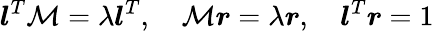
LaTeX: \boldsymbol{l}^{T}\mathcal{M}=\lambda\boldsymbol{l}^{T},\quad\mathcal{M}\boldsymbol{r}=\lambda\boldsymbol{r},\quad\boldsymbol{l}^{T}\boldsymbol{r}=1